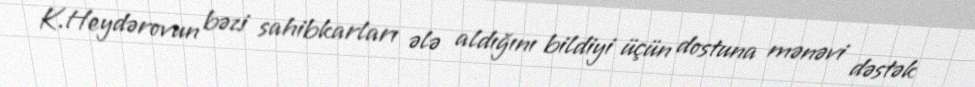
K.Heydərovun bəzi sahibkarları ələ aldığını bildiyi üçün dostuna mənəvi dəstək